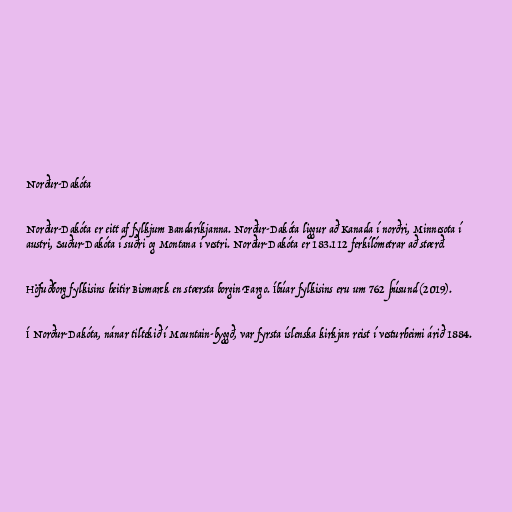
Norður-Dakóta

Norður-Dakóta er eitt af fylkjum Bandaríkjanna. Norður-Dakóta liggur að Kanada í norðri, Minnesota í
austri, Suður-Dakóta í suðri og Montana í vestri. Norður-Dakóta er 183.112 ferkílómetrar að stærð.

Höfuðborg fylkisins heitir Bismarck en stærsta borgin Fargo. Íbúar fylkisins eru um 762 þúsund (2019).

Í Norður-Dakóta, nánar tiltekið í Mountain-byggð, var fyrsta íslenska kirkjan reist í vesturheimi árið 1884.